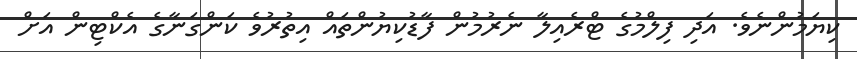
ކިޔަމުންނެވެ. އަދި ފިލްމުގެ ޓްރެއިލާ ނެރުމުން ފާޑުކިޔުންތައް އިތުރުވެ ކަންގަނާގެ އެކްޓިން އަށް